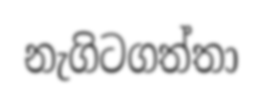
නැගිටගත්තා